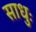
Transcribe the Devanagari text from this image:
साधुः